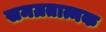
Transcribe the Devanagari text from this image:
समग्रतात्मक